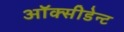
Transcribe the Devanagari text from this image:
ऑक्सीडेन्ट